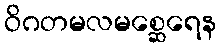
ဝိဂတမလမစ္ဆေရေန